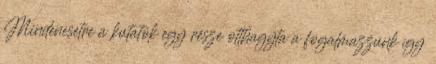
Mindenesetre a kutatók egy része otthagyta a fogalmazzunk így